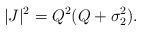
LaTeX: \begin{align*}|J|^2=Q^2(Q+\sigma^2_2).\end{align*}